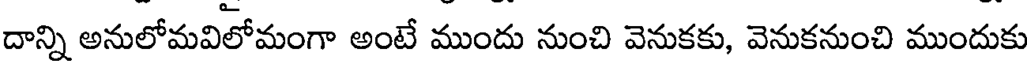
దాన్ని అనులోమవిలోమంగా అంటే ముందు నుంచి వెనుకకు, వెనుకనుంచి ముందుకు